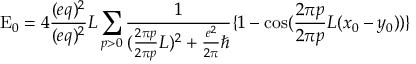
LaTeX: \mathrm { E } _ { 0 } = 4 \frac { ( e q ) ^ { 2 } } { ( e q ) ^ { 2 } } { L } \sum _ { p > 0 } \frac { 1 } { ( \frac { 2 \pi p } { 2 \pi p } { L } ) ^ { 2 } + \frac { e ^ { 2 } } { 2 \pi } \hbar } \{ 1 - \cos ( \frac { 2 \pi p } { 2 \pi p } { L } ( x _ { 0 } - y _ { 0 } ) ) \}